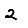
Digit: 2